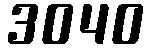
3040